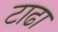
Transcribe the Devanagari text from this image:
टाढा